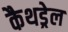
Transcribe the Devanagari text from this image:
कैथड्रेल